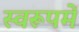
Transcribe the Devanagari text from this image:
स्वरूपमें